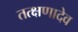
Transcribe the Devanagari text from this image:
तत्क्षणादेव